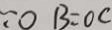
\because O B = O C